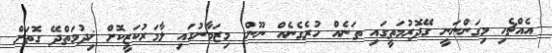
އެއްޗެހި މިގަންނަނީ ގޭދޮރުމަތީގައި ތަނެއް ހުރެގެނެއް ނޫން. މިޒަމާނުގައި ލާމަރުކަޒީކޮށް ޚިދުމަތްދޭ ގޮތަށް